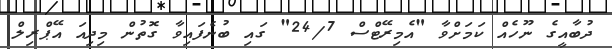
ދުބާއީގެ ނޫހެއް ކަމަށްވާ "އެމިރޭޓްސް 24/7" ގައި ބުނެފައިވާ ގޮތުން މިދިއަ އޭޕްރިލް